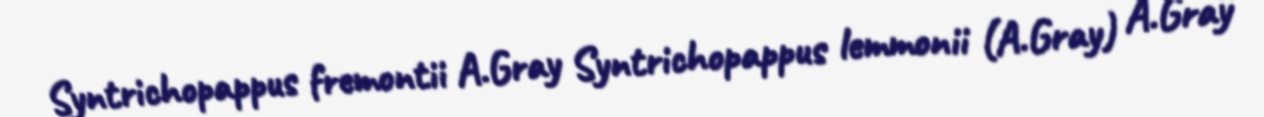
Syntrichopappus fremontii A.Gray Syntrichopappus lemmonii (A.Gray) A.Gray